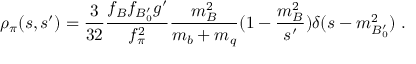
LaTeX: \rho _ { \pi } ( s , s ^ { \prime } ) = { \frac { 3 } { 3 2 } } { \frac { f _ { B } f _ { B _ { 0 } ^ { \prime } } g ^ { \prime } } { f _ { \pi } ^ { 2 } } } { \frac { m _ { B } ^ { 2 } } { m _ { b } + m _ { q } } } ( 1 - { \frac { m _ { B } ^ { 2 } } { s ^ { \prime } } } ) \delta ( s - m _ { B _ { 0 } ^ { \prime } } ^ { 2 } ) \; .